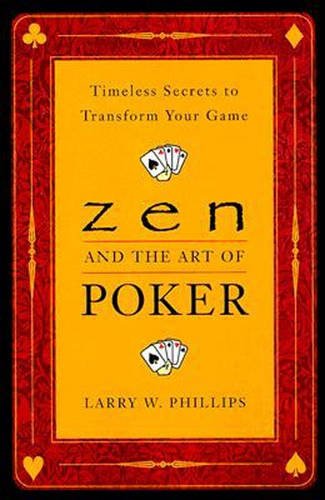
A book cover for Zen and the Art of Poker: Timeless Secrets to Transform Your Game; Larry Phillips; Humor & Entertainment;